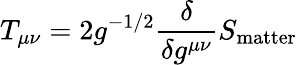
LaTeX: T_{\mu\nu}=2g^{-1/2}\frac{\delta}{\delta g^{\mu\nu}}S_{\mathrm{matter}}